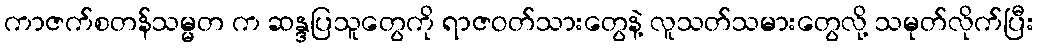
ကာဇက်စတန်သမ္မတ က ဆန္ဒပြသူတွေကို ရာဇဝတ်သားတွေနဲ့ လူသတ်သမားတွေလို့ သမုတ်လိုက်ပြီး